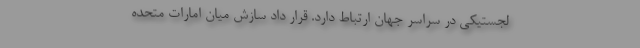
لجستیکی در سراسر جهان ارتباط دارد. قرار داد سازش میان امارات متحده